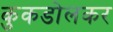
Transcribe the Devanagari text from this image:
कुकडोलकर